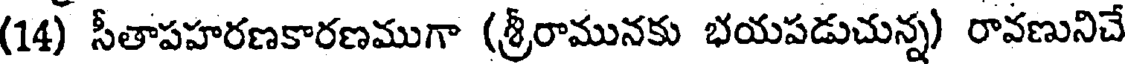
(14) సీతాపహరణకారణముగా (శ్రీరామునకు భయపడుచున్న) రావణునిచే